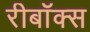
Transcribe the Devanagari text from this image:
रीबॉक्स